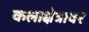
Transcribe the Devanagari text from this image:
कलाक्षेत्रावर